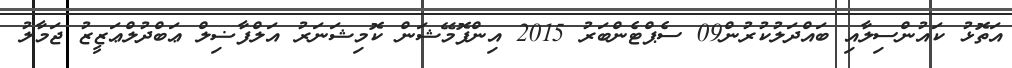
އަތޮޅު ކައުންސިލާއި ބައްދަލުކުރުން09 ސެޕްޓެންބަރު 2015 އިންފޮމޭޝަން ކޮމިޝަނަރު އަލްފާޟިލް ޢަބްދުލްޢަޒީޒު ޖަމާލު